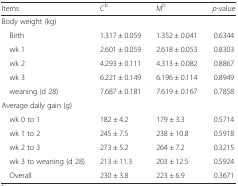
<table><thead><tr><td><b>Items</b></td><td><b>C<sup>b</sup></b></td><td><b>M<sup>b</sup></b></td><td><b><i>p</i>-value</b></td></tr></thead><tbody><tr><td>Body weight (kg)</td><td></td><td></td><td></td></tr><tr><td> Birth</td><td>1.317 ± 0.059</td><td>1.352 ± 0.041</td><td>0.6344</td></tr><tr><td> wk 1</td><td>2.601 ± 0.059</td><td>2.618 ± 0.053</td><td>0.8303</td></tr><tr><td> wk 2</td><td>4.293 ± 0.111</td><td>4.313 ± 0.082</td><td>0.8867</td></tr><tr><td> wk 3</td><td>6.221 ± 0.149</td><td>6.196 ± 0.114</td><td>0.8949</td></tr><tr><td> weaning (d 28)</td><td>7.687 ± 0.181</td><td>7.619 ± 0.167</td><td>0.7858</td></tr><tr><td>Average daily gain (g)</td><td></td><td></td><td></td></tr><tr><td> wk 0 to 1</td><td>182 ± 4.2</td><td>179 ± 3.3</td><td>0.5714</td></tr><tr><td> wk 1 to 2</td><td>245 ± 7.5</td><td>238 ± 10.8</td><td>0.5918</td></tr><tr><td> wk 2 to 3</td><td>273 ± 5.2</td><td>264 ± 7.2</td><td>0.3215</td></tr><tr><td> wk 3 to weaning (d 28)</td><td>213 ± 11.3</td><td>203 ± 12.5</td><td>0.5924</td></tr><tr><td> Overall</td><td>230 ± 3.8</td><td>223 ± 6.9</td><td>0.3671</td></tr></tbody></table>